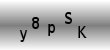
Text: y8pSK